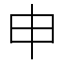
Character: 申